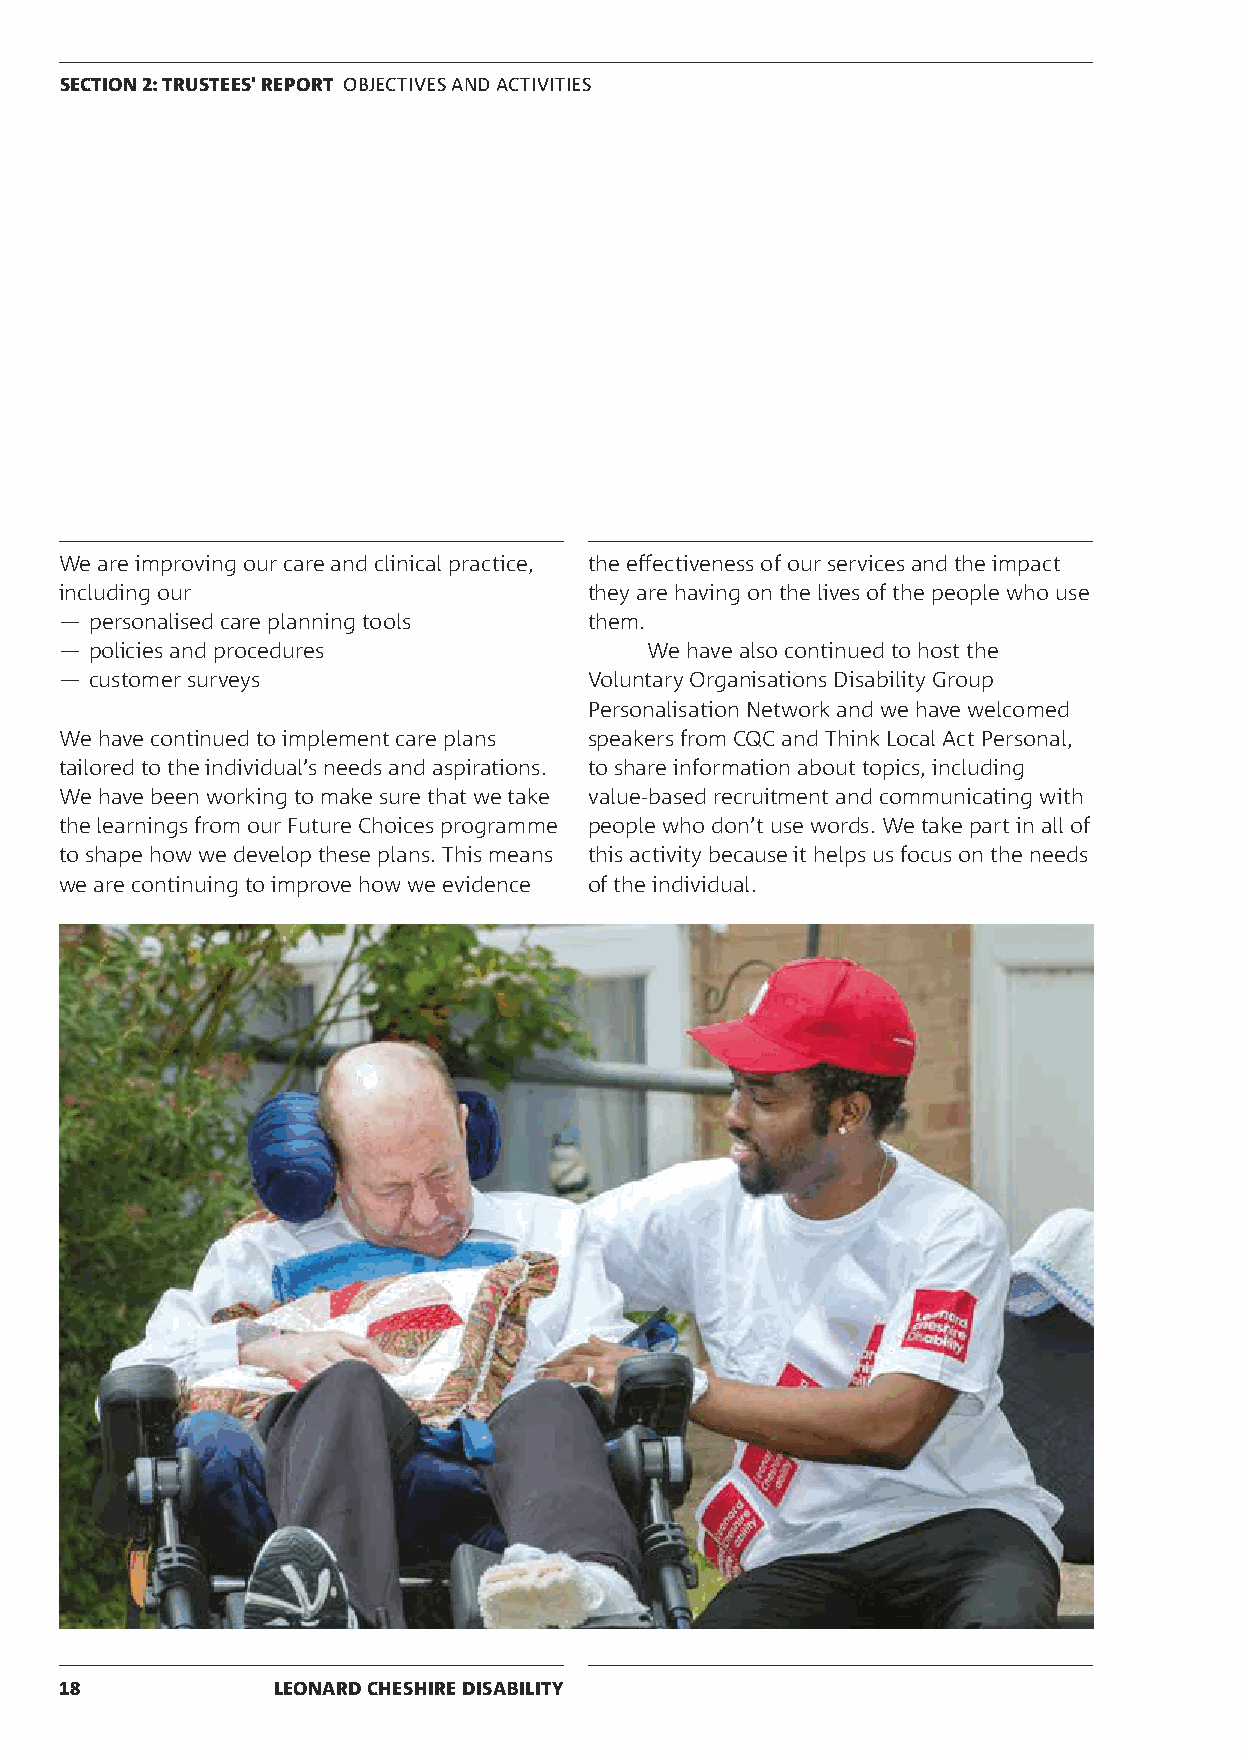
SECTION 2: TRUSTEES' REPORT OBJECTIVES AND ACTIVITIES
 We are improving our care and clinical practice, the effectiveness of our services and the impact
 including our                      they are having on the lives of the people who use
 — personalised care planning tools them.
 — policies and procedures              We have also continued to host the
 — customer surveys                 Voluntary Organisations Disability Group
 Personalisation Network and we have welcomed
 We have continued to implement care plans speakers from CQC and Think Local Act Personal,
 tailored to the individual’s needs and aspirations. to share information about topics, including
 We have been working to make sure that we take value-based recruitment and communicating with
 the learnings from our Future Choices programme people who don’t use words. We take part in all of
 to shape how we develop these plans. This means this activity because it helps us focus on the needs
 we are continuing to improve how we evidence of the individual.
 18            LEONARD CHESHIRE DISABILITY